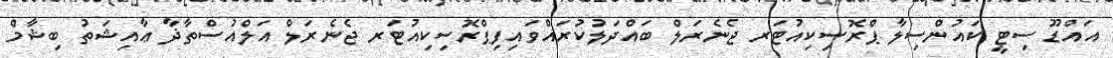
އައްޑޫ ސިޓީ ކައުންސިލާ ޕްރޮސިކިއުޓަރ ޖެނެރަލް ބައްދަލުކުރައްވައިފިޕްރޮސިކިއުޓަރ ޖެނެރަލް އަލްއުސްތާޛާ ޢާއިޝަތު ބިޝާމް